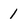
Character: 1